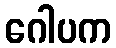
ဂေါပက